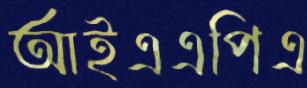
আইএএপিএ